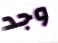
وجد